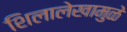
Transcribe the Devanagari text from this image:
शिलालेखामुळे